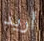
أريد